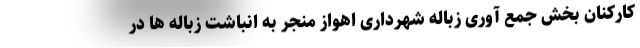
کارکنان بخش جمع آوری زباله شهرداری اهواز منجر به انباشت زباله ها در